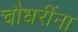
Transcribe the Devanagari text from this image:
चौधरींना